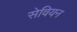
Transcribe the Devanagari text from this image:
सेवियन